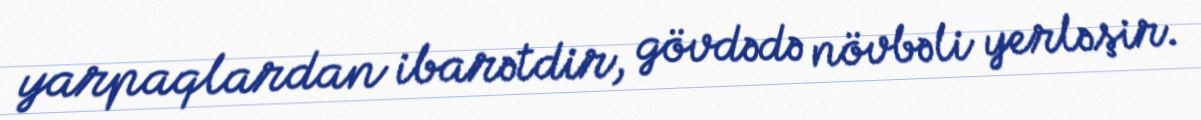
yarpaqlardan ibarətdir, gövdədə növbəli yerləşir.